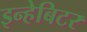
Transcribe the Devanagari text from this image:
इन्हेबिटर